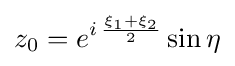
z_{0}=e^{i\,{\frac {\xi _{1}+\xi _{2}}{2}}}\sin \eta